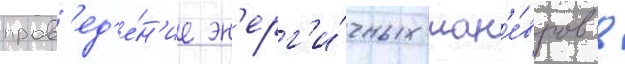
пров'ед'е́н'ие эн'ерг'и́чных ман'е́вров в